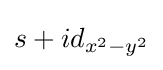
s+id_{x^{2}-y^{2}}